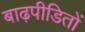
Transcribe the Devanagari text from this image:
बाढ़पीडितों